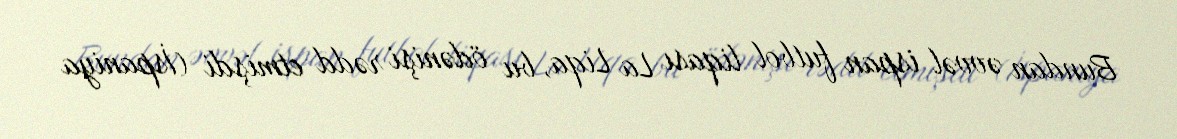
Bundan əvvəl ispan futbol liqası La Liqa, bu ödənişi rədd etmişdi (İspaniya